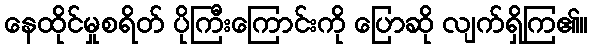
နေထိုင်မှုစရိတ် ပိုကြီးကြောင်းကို ပြောဆို လျက်ရှိကြ၏။